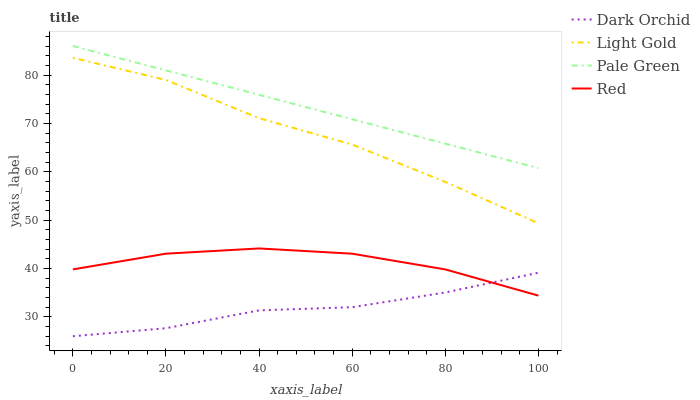
| xaxis_label | Dark Orchid | Light Gold | Pale Green | Red |
 | --- | --- | --- | --- | --- |
 | 0 | 26 | 83.6 | 86 | 39.8 |
 | 20 | 27.7 | 79 | 81 | 43.1 |
 | 40 | 31.3 | 71.1 | 75.9 | 44.2 |
 | 60 | 32 | 65.6 | 70.9 | 43.1 |
 | 80 | 35 | 57.9 | 65.8 | 39.8 |
 | 100 | 39.1 | 49.4 | 60.8 | 34.4 |